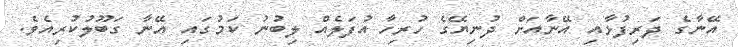
އޭނާގެ ދަރިފުޅާއި އޭނާއަށް ދުނިޔޭގެ ހުރިހާ އުފަލެއް ލިބުނު ކަމުގައި އޭނާ ގަބޫލުކުރިއެވެ.